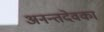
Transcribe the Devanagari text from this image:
अनन्तदेवका